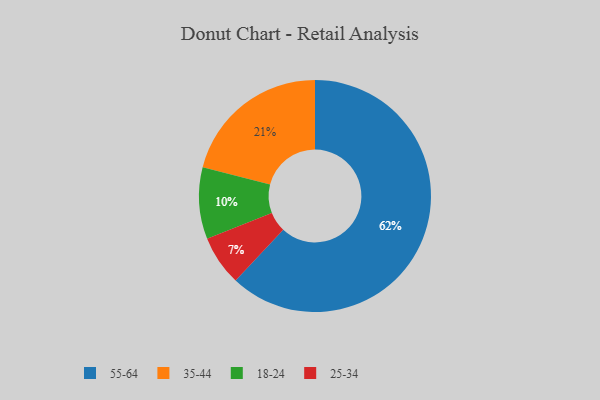
{"axis": {"x": "Category", "y": "Percentage"}, "legend": ["18-24", "25-34", "35-44", "55-64"], "data": [{"x": "35-44", "y": 21, "type": "35-44"}, {"x": "18-24", "y": 10, "type": "18-24"}, {"x": "55-64", "y": 62, "type": "55-64"}, {"x": "25-34", "y": 7, "type": "25-34"}]}